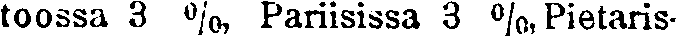
toossa 3 %, Pariisissa 3 %, Pietaris-